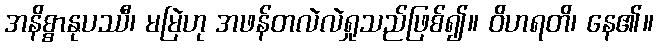
အနိစ္စာနုပဿီ၊ မမြဲဟု အဖန်တလဲလဲရှုသည်ဖြစ်၍။ ဝိဟရတိ၊ နေ၏။